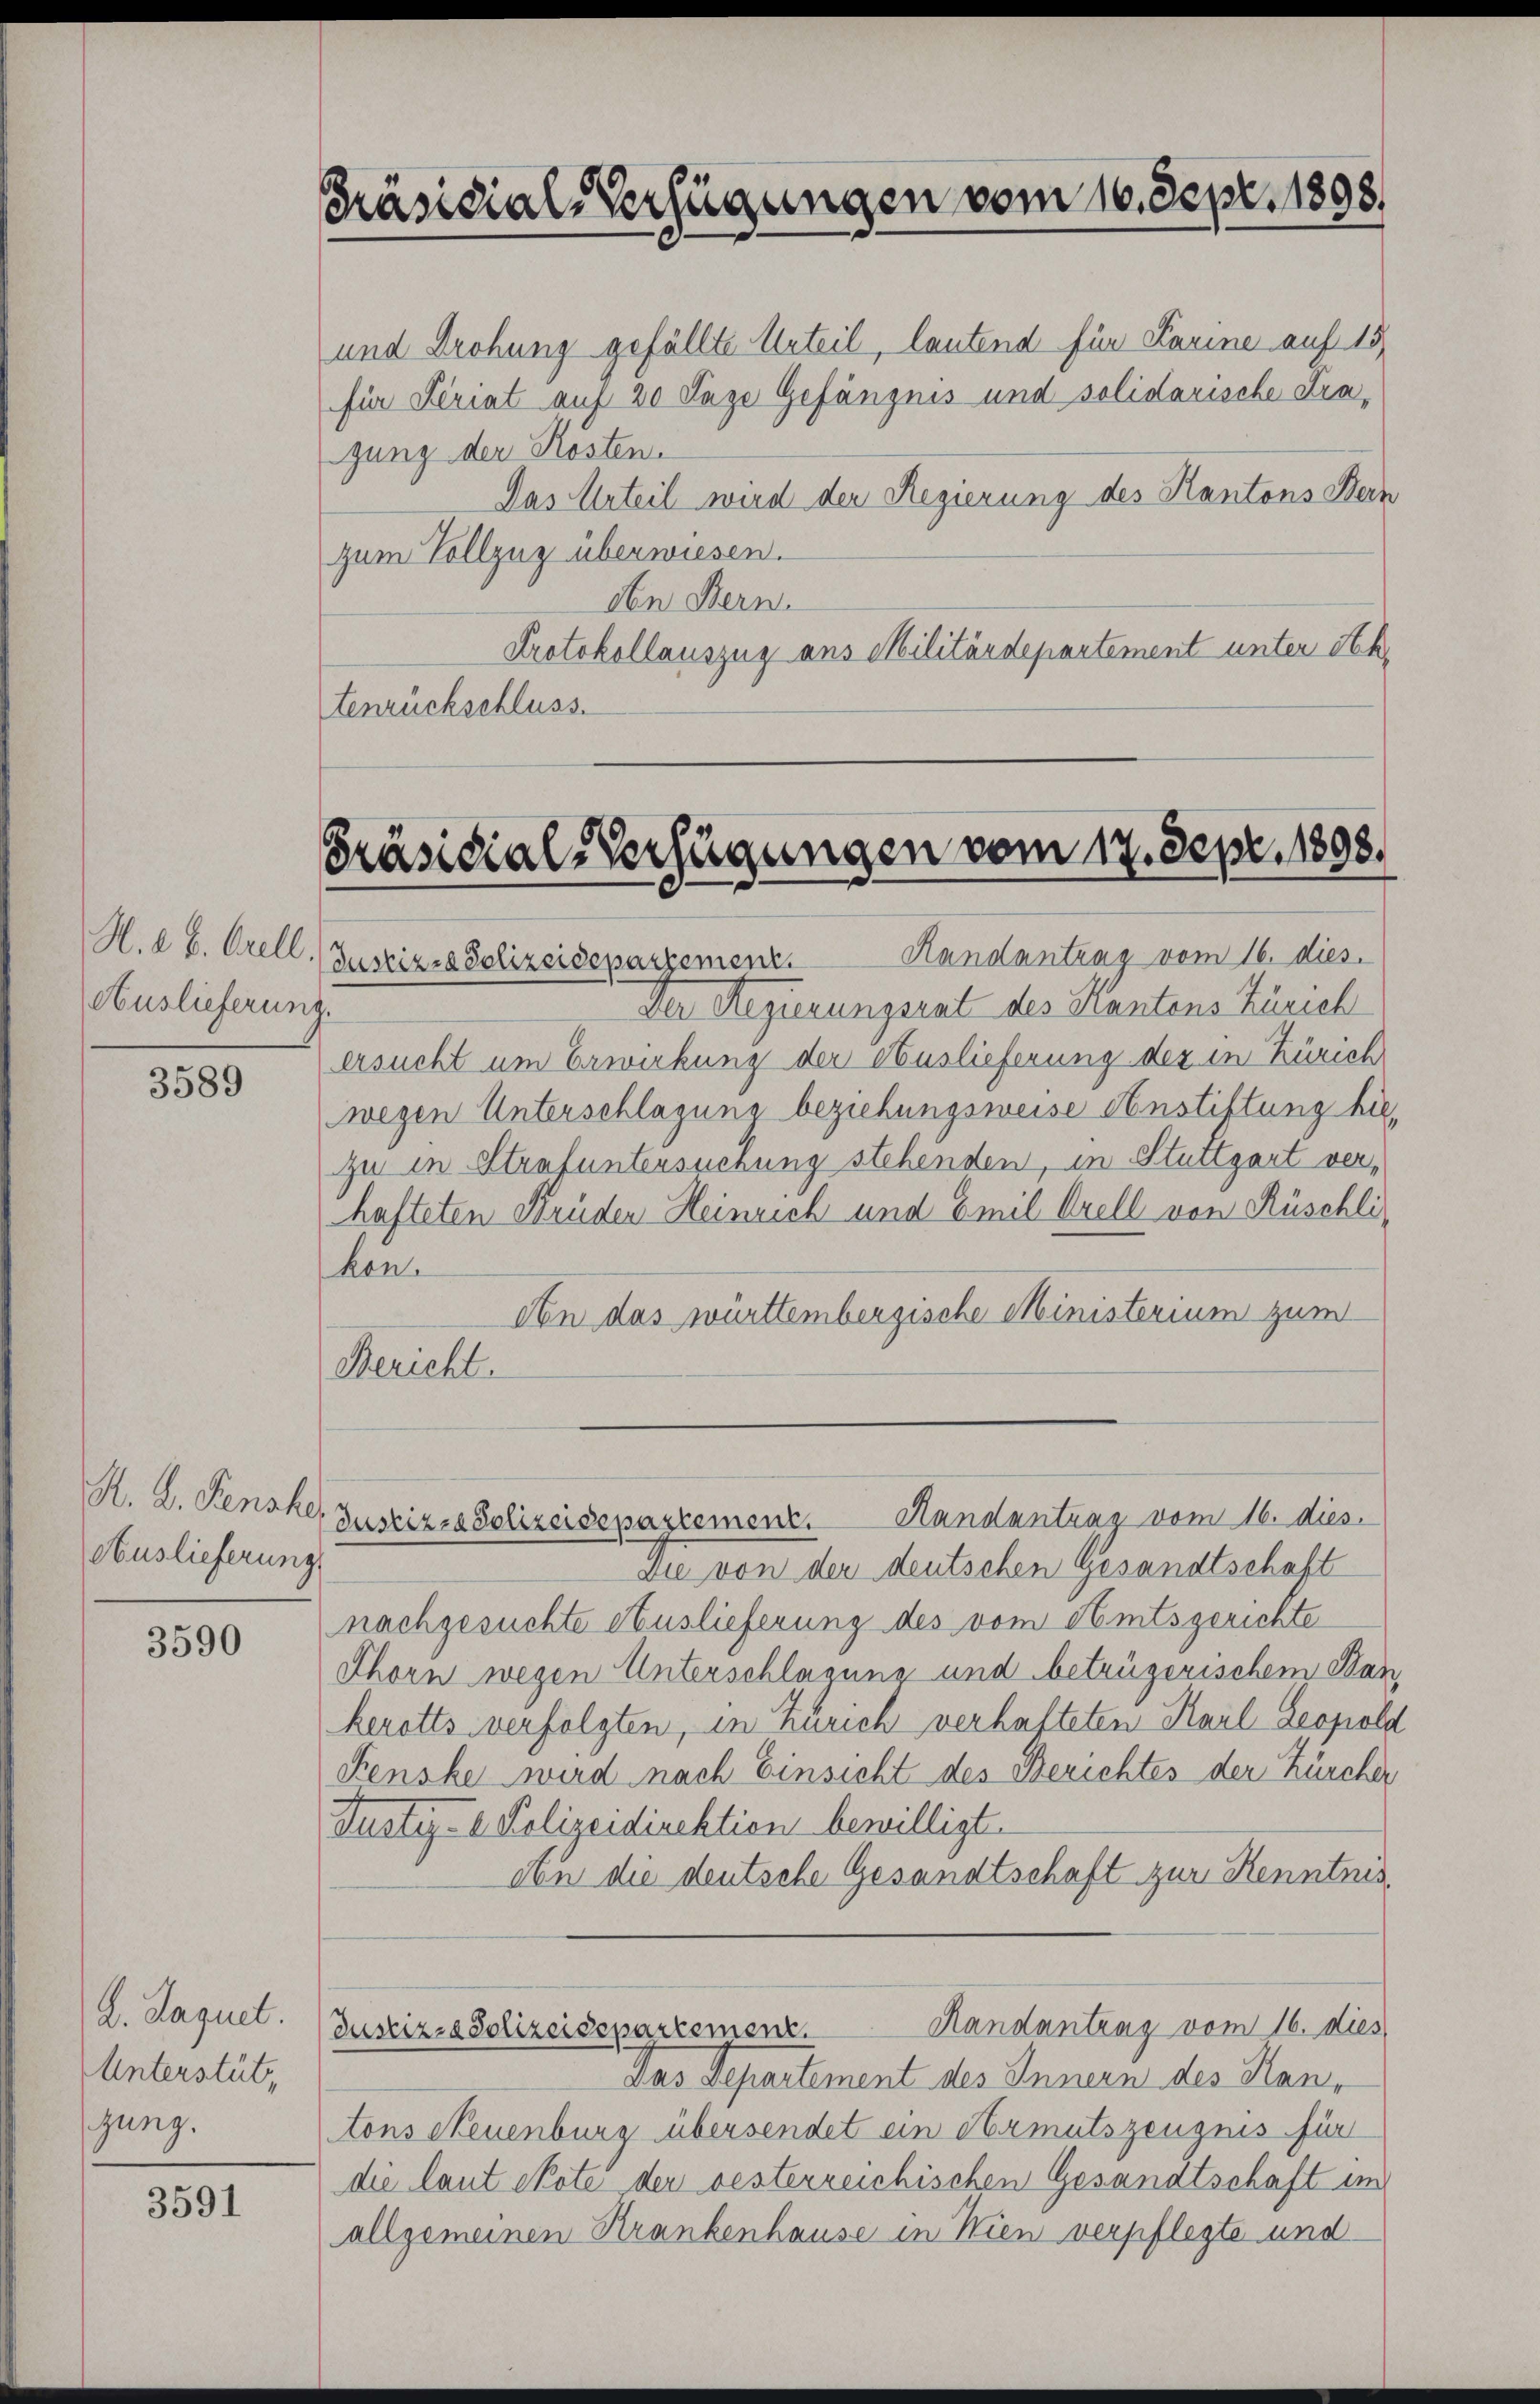
H. d. B. Orell.
Auslieferun

3589

A. B. Fenste,
Auslieferung

3590

L. Jaquet.
Unterstüt
gung.

3591

Präsidial-Verfügungen vom 16. Sept. 1898.

und Drohung gefällte Urteil, lautend für Parine auf 15
für Seriat auf 20 Tage Gefängnis und solidarische Fragung der Kosten.
Das Urteil wird der Regierung des Kantons Bern
zum Vollzug überwiesen.
den Bern.
Protokollauszug aus Militärdepartement unter Stk.
tenrückschluss.

Präsidial-Verfügungen vom 17. Sept. 1898.

Justiz & Polizeidepartement. Handantrag vom 16. dies.
Der Regierungsrat des Kantons Zürich
ersucht um Erwirkung der Auslieferung der in Zürich
wegen Unterschlagung beziehungsweise Anstiftung hiezu in Strafuntersuchung stehenden, in Stuttgart verhafteten Brüder Heinrich und Emil Orell von Rüschli,
kon.
An das württembergische Ministerium zum
Bericht.
Die von der deutschen Gesandtschaft
nachgesuchte Auslieferung des vom Amtsgerichte
Thorn wegen Unterschlagung und betrügerischem Ban
kerotts verfolgten, in Zürich verhafteten Karl Leopola
Fenske wird nach Einsicht des Berichtes der Zürcher
Justiz- & Polizeidirektion bewilligt.
obe die deutsche Gesandtschaft zur Kenntnis¬
Randantrag vom 16. dies
Justiz- & Polizeidepartement.
Das Separtement des Innern des Hantons Neuenburg übersendet ein Armutszeugnis für
die laut exote der oesterreichischen Gesandtschaft im
allgemeinen Krankenhause in Wien verpflegte und

Randantrag vom 16. dies
Justizza Polizeidepazlement.